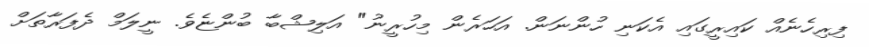
ފިރިހެނެއް ކައިރީގައި އެކަނި ހުންނަން. އަހަރެން މިހުރީނު" އަލިޝްބާ ބުންޏެވެ. ނީލަމް ދެފަރާތަށް